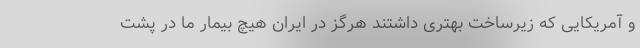
و آمریکایی که زیرساخت بهتری داشتند هرگز در ایران هیچ بیمار ما در پشت